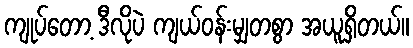
ကျုပ်တော့ ဒီလိုပဲ ကျယ်ဝန်းမျှတစွာ အယူရှိတယ်။